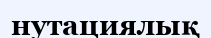
нутациялық